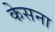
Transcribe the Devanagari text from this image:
केसना